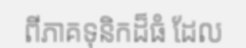
ពីភាគទុនិកដ៏ធំ ដែល